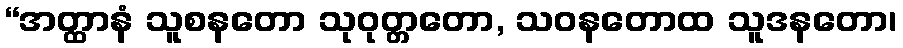
“အတ္ထာနံ သူစနတော သုဝုတ္တတော, သဝနတောထ သူဒနတော၊